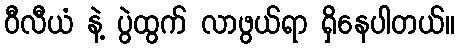
ဝီလီယံ နဲ့ ပွဲထွက် လာဖွယ်ရာ ရှိနေပါတယ်။